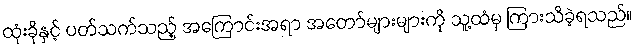
ထုံးခိုနှင့် ပတ်သက်သည့် အကြောင်းအရာ အတော်များများကို သူ့ထံမှ ကြားသိခဲ့ရသည်။